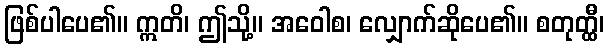
ဖြစ်ပါပေ၏။ ဣတိ၊ ဤသို့။ အဝေါစ၊ လျှောက်ဆိုပေ၏။ စတုတ္ထီ၊